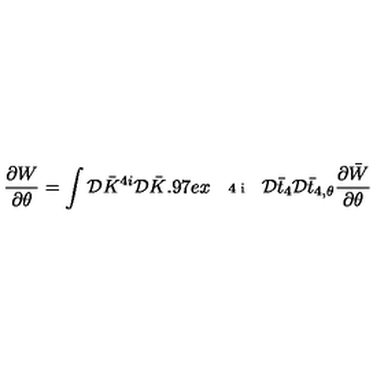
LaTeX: { \frac { \partial W } { \partial \theta } } = \int { \cal D } \bar { K } ^ { 4 i } { \cal D } \bar { K } \raisebox { 0 . 9 7 e x } { \mathrm { \scriptsize { 4 i } } } \raisebox { - 0 . 3 6 e x } { \mathrm { \scriptsize { , \! \theta } } } { \cal D } \bar { t } _ { 4 } { \cal D } \bar { t } _ { 4 , \theta } { \frac { \partial \bar { W } } { \partial \theta } }